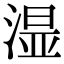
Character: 𣺯